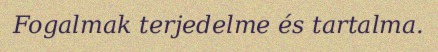
Fogalmak terjedelme és tartalma.